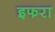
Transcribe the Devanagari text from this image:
इफरा